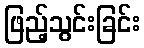
ဖြည့်သွင်းခြင်း